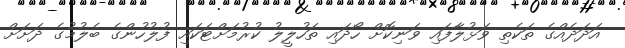
އަދަދެއްގެ ތަކެތި ވަޅުލާފައި ވަނިކޮށް ހޯދައި ތަހުލީލު ކުރުމަށްޓަކައި ފުލުހުންގެ ބެލުމުގެ ދަށަށް